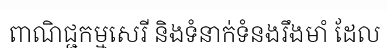
ពាណិជ្ជកម្មសេរី និងទំនាក់ទំនងរឹងមាំ ដែល